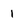
Character: 1